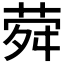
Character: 𦲋